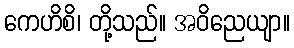
ကေဟိစိ၊ တို့သည်။ အဝိညေယျာ။